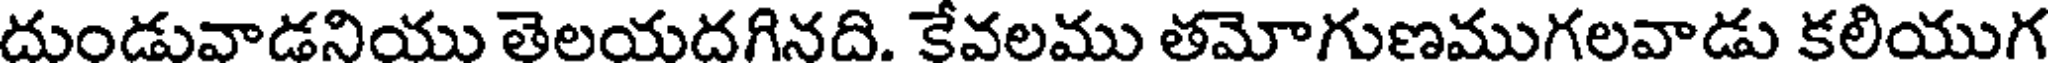
దుండువాడనియు తెలయదగినది. కేవలము తమోగుణముగలవాడు కలియుగ